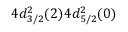
4 d _ { 3 / 2 } ^ { 2 } ( 2 ) 4 d _ { 5 / 2 } ^ { 2 } ( 0 )